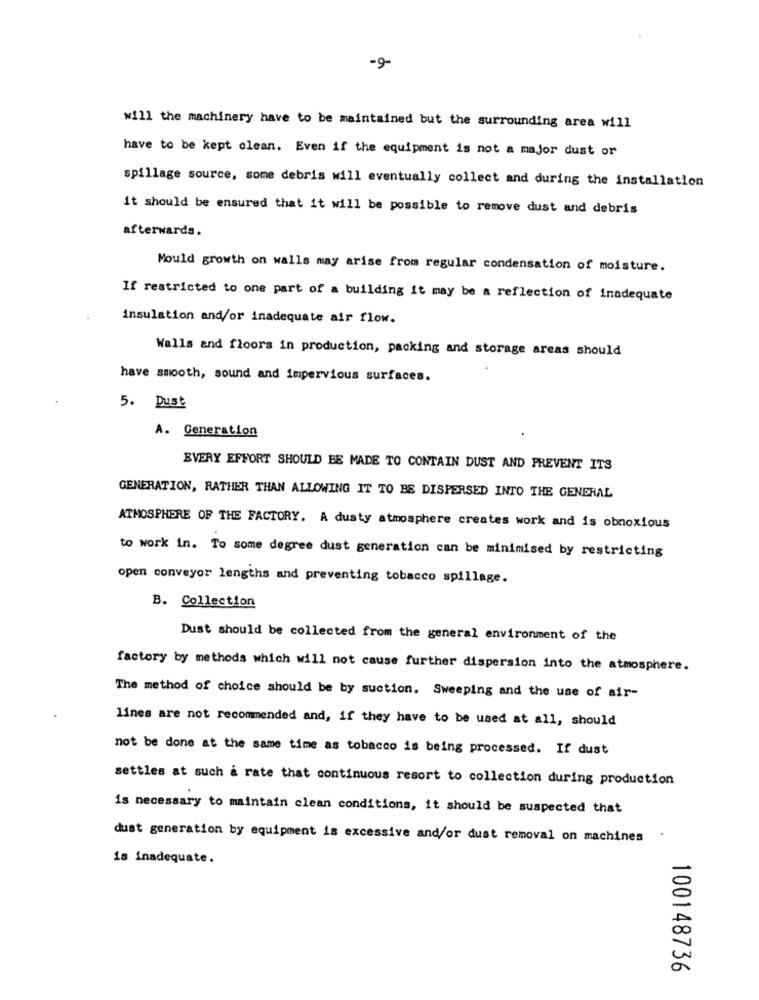
-9-
will the machinery have to be maintained but the surrounding area will
have to be kept clean. Even if the equipment is not a major dust or
spillage source, some debris will eventually collect and during the installation
it should be ensured that it will be possible to remove dust and debris
afterwards.
Mould growth on walls may arise from regular condensation of moisture.
If restricted to one part of a building it may be a reflection of inadequate
insulation and/or inadequate air flow.
Walls and floors in production, packing and storage areas should
have smooth, sound and impervious surfaces.
5. Dust
A. Generation
EVERY EFFORT SHOULD BE MADE TO CONTAIN DUST AND PREVENT ITS
GENERATION, RATHER THAN ALLOWING IT TO BE DISPERSED INTO THE GENERAL
ATMOSPHERE OF THE FACTORY. A dusty atmosphere creates work and is obnoxious
to work in. To some degree dust generation can be minimised by restricting
open conveyor lengths and preventing tobacco spillage.
B. Collection
Dust should be collected from the general environment of the
factory by methods which will not cause further dispersion into the atmosphere.
The method of choice should be by suction. Sweeping and the use of air-
lines are not recommended and, if they have to be used at all, should
not be done at the same time as tobacco is being processed. If dust
settles at such a rate that continuous resort to collection during production
is necessary to maintain clean conditions, it should be suspected that
dust generation by equipment is excessive and/or dust removal on machines
is inadequate.
100148736